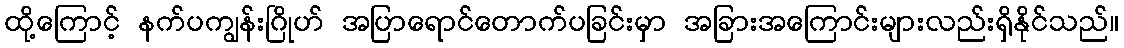
ထို့ကြောင့် နက်ပကျွန်းဂြိုဟ် အပြာရောင်တောက်ပခြင်းမှာ အခြားအကြောင်းများလည်းရှိနိုင်သည်။